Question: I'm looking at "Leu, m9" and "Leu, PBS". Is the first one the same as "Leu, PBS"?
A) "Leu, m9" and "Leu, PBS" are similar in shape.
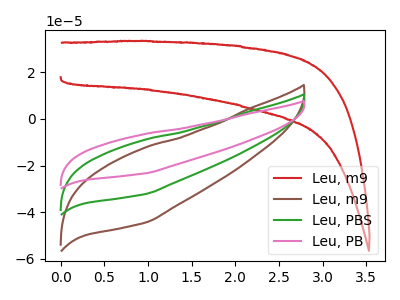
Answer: <think>The red curve "Leu, m9" has no peaks. The brown curve "Leu, m9" has no peaks. The green curve "Leu, PBS" has no peaks. The pink curve "Leu, PB" has no peaks.
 Neither "Leu, m9" or "Leu, PBS" have any peaks.</think>
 <answer>A) "Leu, m9" and "Leu, PBS" are similar in shape.</answer>
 <eval>A</eval>